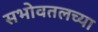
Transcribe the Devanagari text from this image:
सभोवतलच्या